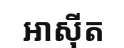
អាស៊ីត